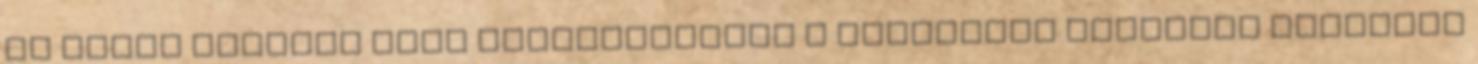
és ahhoz méltóan kell cselekednetek A KRISZTUSI SZERETET VILÁGBAN